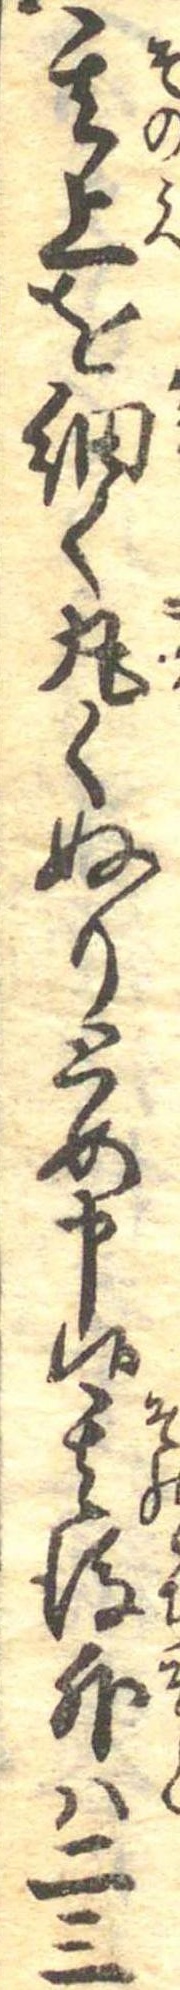
其上を細く丸くぬりとめ申候其後外は二三